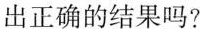
出正确的结果吗?